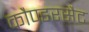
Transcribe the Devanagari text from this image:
कौण्डरसैट